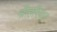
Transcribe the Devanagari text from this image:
श्रीहरिका